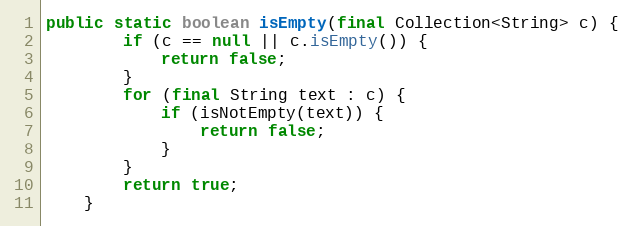
Language: Java
public static boolean isEmpty(final Collection<String> c) {
        if (c == null || c.isEmpty()) {
            return false;
        }
        for (final String text : c) {
            if (isNotEmpty(text)) {
                return false;
            }
        }
        return true;
    }